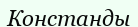
Констанды